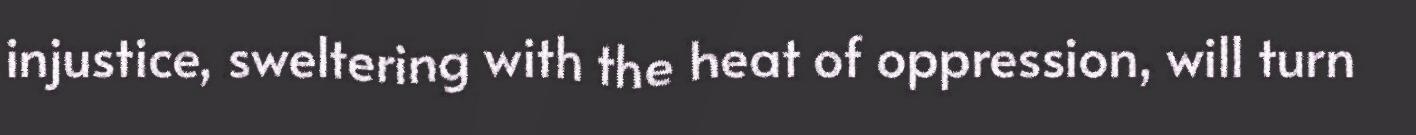
injustice, sweltering with the heat of oppression, will turn